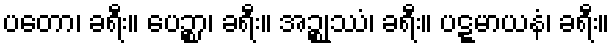
ပတော၊ ခရီး။ ပေဉ္စာ၊ ခရီး။ အဉ္စုဿံ၊ ခရီး။ ပဋ္ဋမာယနံ၊ ခရီး။